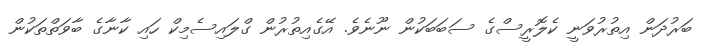
ބަރުދަން އިތުރުވަނީ ކެލޮރީސްގެ ސަބަބަކުން ނޫނެވެ. އޭގެއިތުރުން ގްލައިސެމިކް ހައި ކާނާގެ ބާވަތްތަކުން